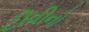
ટીવીનો